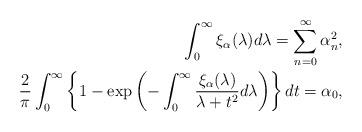
LaTeX: \begin{align*}\int_0^\infty \xi_\alpha(\lambda)d\lambda = \sum_{n=0}^\infty \alpha_n^2,\\\frac2\pi \int_0^\infty \left\{1-\exp\left(-\int_0^\infty\frac{\xi_\alpha(\lambda)}{\lambda+t^2}d\lambda\right)\right\}dt=\alpha_0,\end{align*}